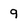
Character: 9